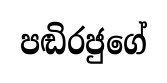
පඬිරජුගේ